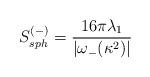
LaTeX: \begin{align*}S_{sph}^{(-)}=\frac{16\pi\lambda_1}{|\omega_-(\kappa^2)|}\end{align*}